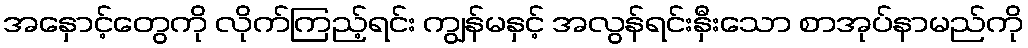
အနှောင့်တွေကို လိုက်ကြည့်ရင်း ကျွန်မနှင့် အလွန်ရင်းနှီးသော စာအုပ်နာမည်ကို